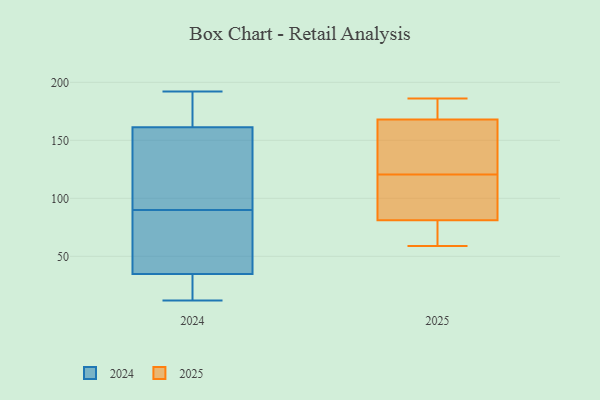
{"axis": {"x": "Website Visitors", "y": "Value"}, "legend": ["2024", "2025"], "data": [{"x": "", "y": 160, "type": "2025"}, {"x": "", "y": 186, "type": "2025"}, {"x": "", "y": 168, "type": "2025"}, {"x": "", "y": 89, "type": "2025"}, {"x": "", "y": 81, "type": "2025"}, {"x": "", "y": 87, "type": "2025"}, {"x": "", "y": 102, "type": "2025"}, {"x": "", "y": 156, "type": "2025"}, {"x": "", "y": 63, "type": "2025"}, {"x": "", "y": 59, "type": "2025"}, {"x": "", "y": 182, "type": "2025"}, {"x": "", "y": 65, "type": "2025"}, {"x": "", "y": 181, "type": "2025"}, {"x": "", "y": 139, "type": "2025"}, {"x": "", "y": 192, "type": "2024"}, {"x": "", "y": 27, "type": "2024"}, {"x": "", "y": 126, "type": "2024"}, {"x": "", "y": 12, "type": "2024"}, {"x": "", "y": 90, "type": "2024"}, {"x": "", "y": 58, "type": "2024"}, {"x": "", "y": 169, "type": "2024"}, {"x": "", "y": 64, "type": "2024"}, {"x": "", "y": 25, "type": "2024"}, {"x": "", "y": 138, "type": "2024"}, {"x": "", "y": 185, "type": "2024"}]}